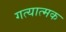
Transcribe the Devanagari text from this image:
गत्‍यात्‍मक